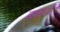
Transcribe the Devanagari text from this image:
व्यव्सारों